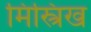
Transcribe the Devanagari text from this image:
मिस्त्रिख